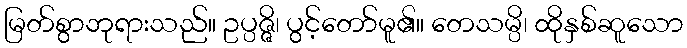
မြတ်စွာဘုရားသည်။ ဥပ္ပဇ္ဇိ၊ ပွင့်တော်မူ၏။ တေသမ္ပိ၊ ထိုနှစ်ဆူသော